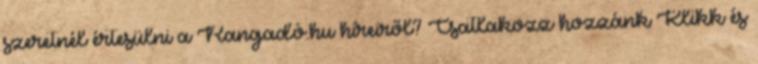
szeretnél értesülni a Rangadó.hu híreiről? Csatlakozz hozzánk Klikk és